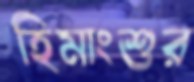
হিমাংশুর